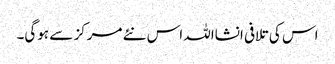
اس کی تلافی انشااللہ اس نئے مرکز سے ہوگی۔